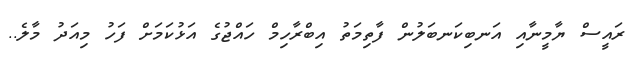
ރައީސް ޔާމީނާއި އަނބިކަނބަލުން ފާތިމަތު އިބްރާހިމް ހައްޖުގެ އަޅުކަމަށް ފަހު މިއަދު މާލެ..